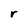
Character: r